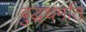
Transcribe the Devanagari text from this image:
बुद्धधर्मात